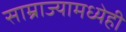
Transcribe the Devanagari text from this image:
साम्राज्यामध्येही